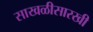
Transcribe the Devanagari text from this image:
साखळीसारखी